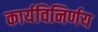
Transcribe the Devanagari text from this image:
कार्यविनिर्णय